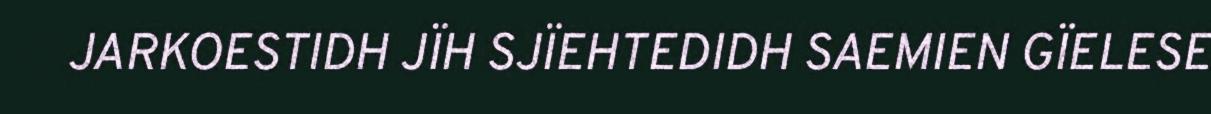
JARKOESTIDH JÏH SJÏEHTEDIDH SAEMIEN GÏELESE